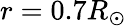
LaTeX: r=0.7R_{\odot}